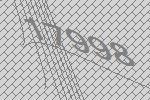
17998